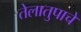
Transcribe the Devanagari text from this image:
तेलातुपाचे